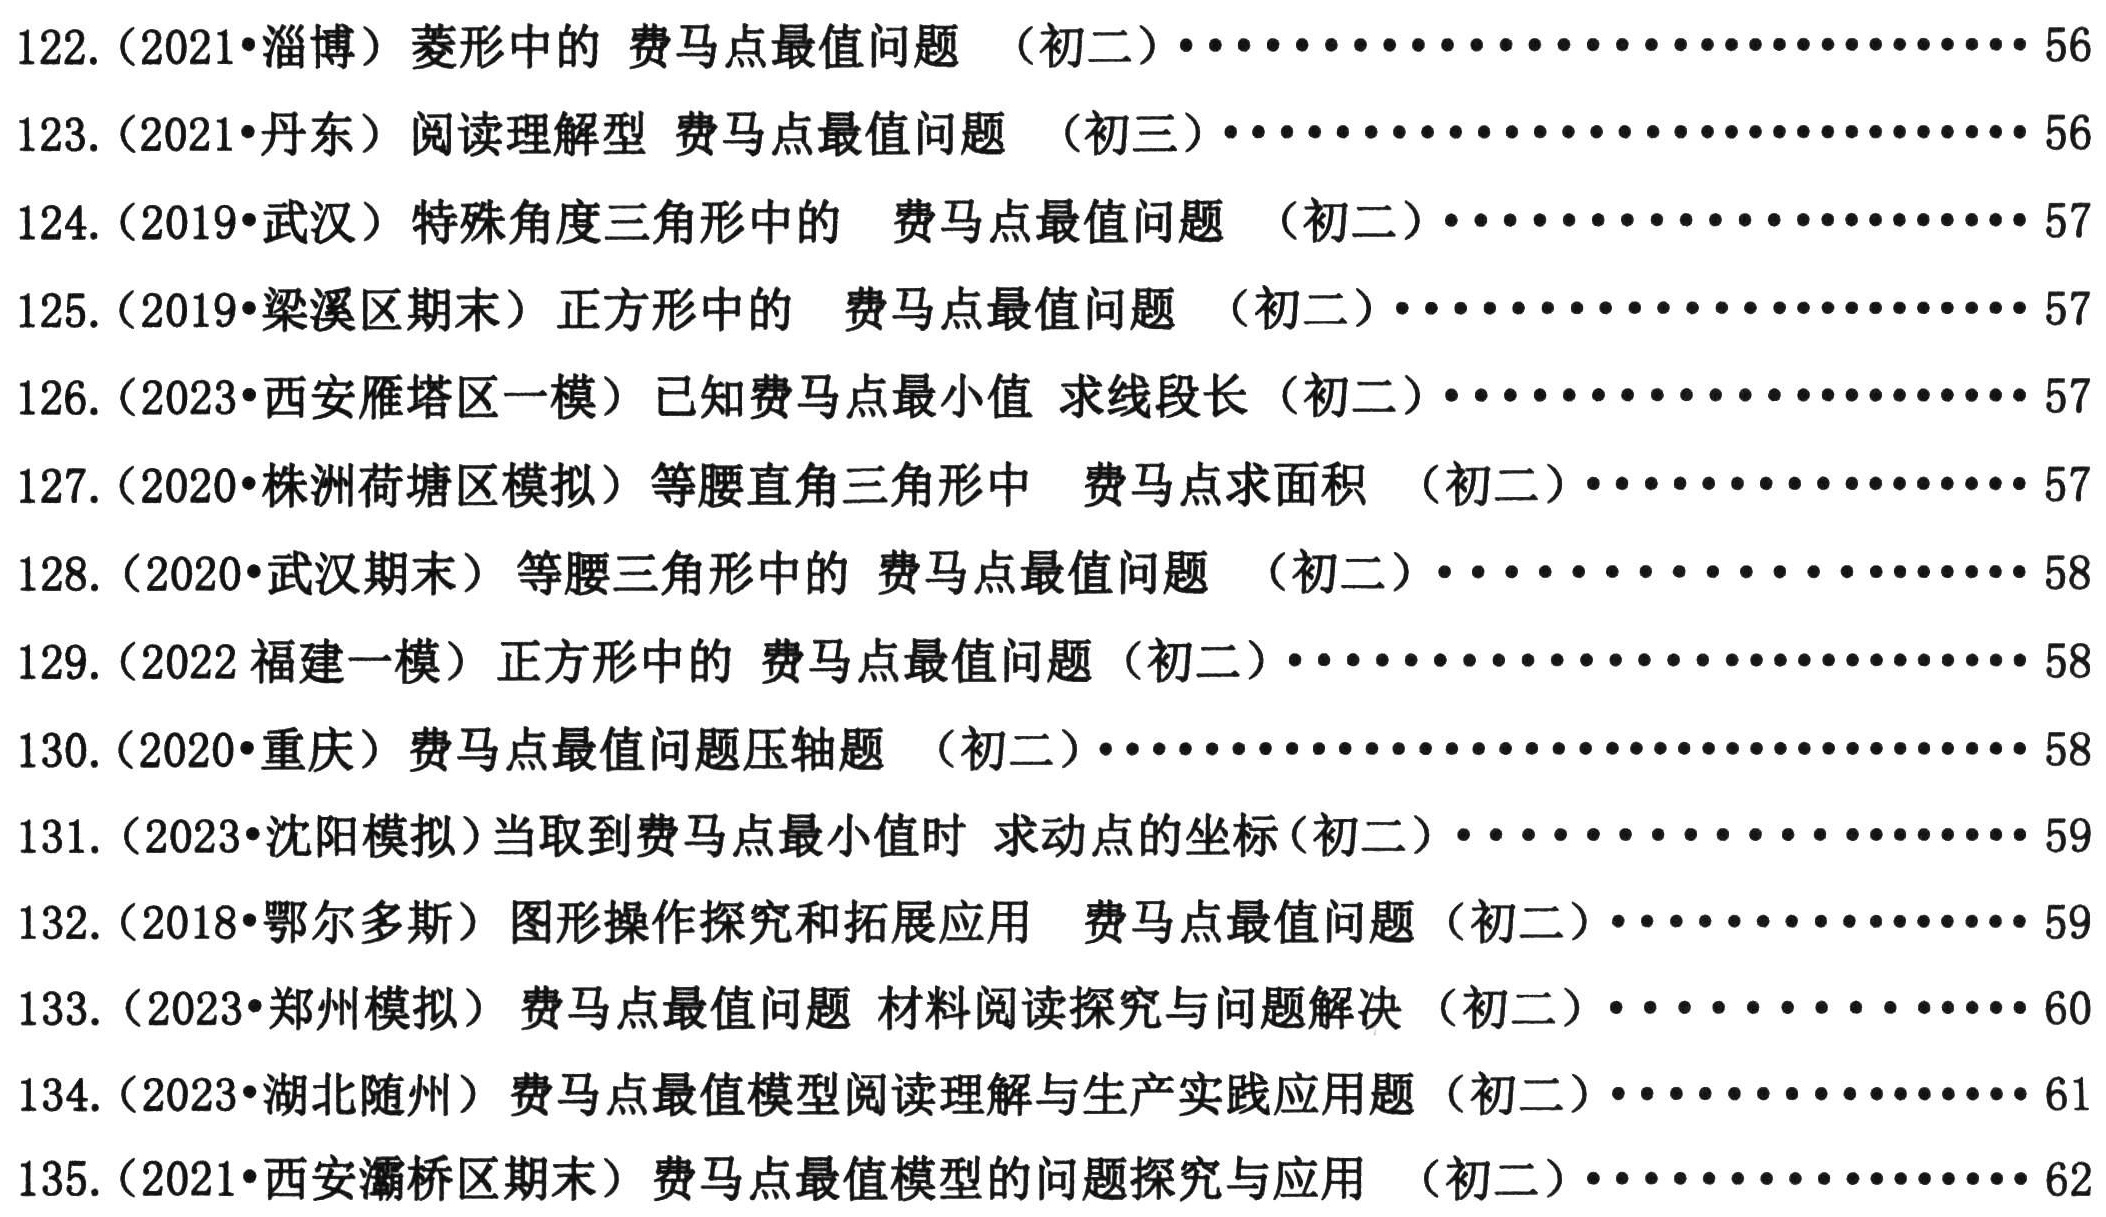
122. (2021•淄博) 菱形中的 费马点最值问题 （初二）……………………… 56
123. (2021•丹东) 阅读理解型 费马点最值问题 （初三）……………………… 56
124. (2019•武汉) 特殊角度三角形中的 费马点最值问题 （初二）……………………… 57
125. (2019•梁溪区期末) 正方形中的 费马点最值问题 （初二）……………………… 57
126. (2023•西安雁塔区一模) 已知费马点最小值 求线段长（初二）……………………… 57
127. (2020•株洲荷塘区模拟) 等腰直角三角形中 费马点求面积 （初二）……………………… 57
128. (2020•武汉期末) 等腰三角形中的 费马点最值问题 （初二）……………………… 58
129. (2022福建一模) 正方形中的 费马点最值问题（初二）……………………… 58
130. (2020•重庆) 费马点最值问题压轴题 （初二）……………………… 58
131. (2023•沈阳模拟) 当取到费马点最小值时 求动点的坐标(初二）……………………… 59
132. (2018•鄂尔多斯) 图形操作探究和拓展应用 费马点最值问题 （初二）……………………… 59
133. (2023•郑州模拟) 费马点最值问题 材料阅读探究与问题解决 （初二）……………………… 60
134. (2023•湖北随州) 费马点最值模型阅读理解与生产实践应用题（初二）……………………… 61
135. (2021•西安灞桥区期末) 费马点最值模型的问题探究与应用 （初二）……………………… 62